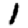
Digit: 1